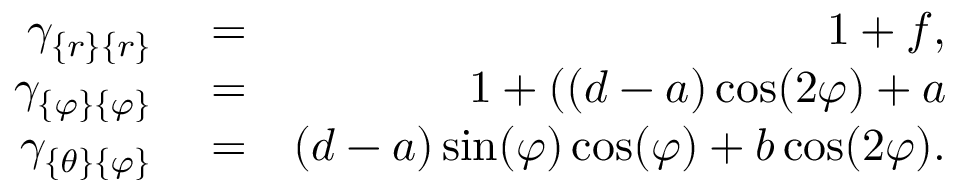
\begin{array} { r l r } { \gamma _ { \{ r \} \{ r \} } } & { { } = } & { 1 + f , } \\ { \gamma _ { \{ \varphi \} \{ \varphi \} } } & { { } = } & { 1 + ( ( d - a ) \cos ( 2 \varphi ) + a } \\ { \gamma _ { \{ \theta \} \{ \varphi \} } } & { { } = } & { ( d - a ) \sin ( \varphi ) \cos ( \varphi ) + b \cos ( 2 \varphi ) . } \end{array}